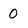
Character: 0